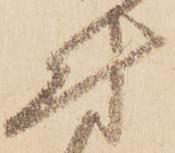
付